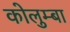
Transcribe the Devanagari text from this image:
कोलुम्बा